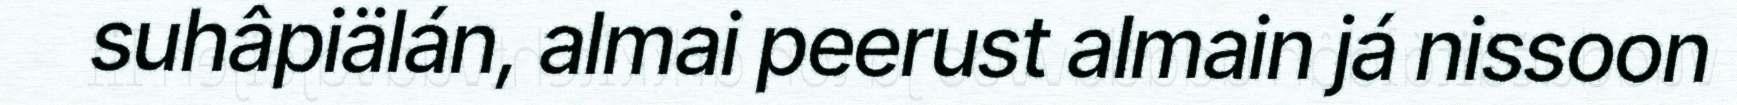
suhâpiälán, almai peerust almain já nissoon